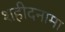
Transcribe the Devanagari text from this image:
शहीदनामा